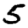
Digit: 5